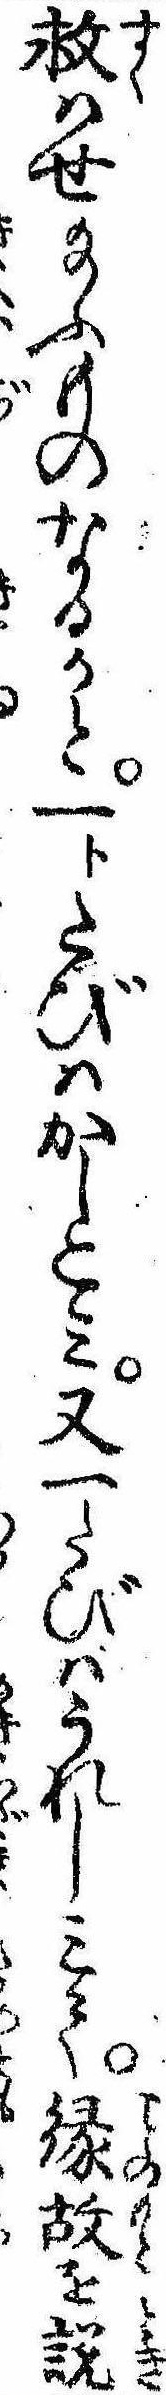
救はせ給ふものなるかと一トたびはかしこみ又一たびはうれしみて縁故を説